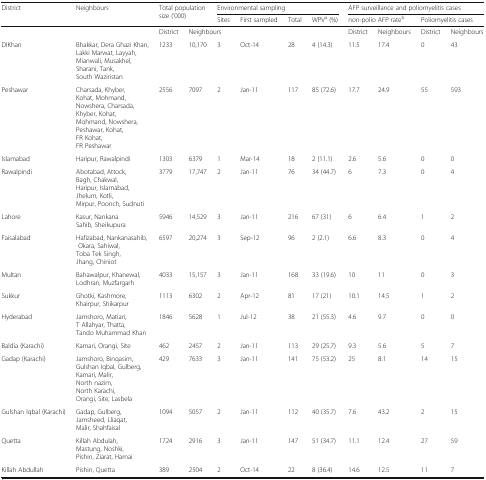
<table><thead><tr><td rowspan="2"><b>District</b></td><td rowspan="2"><b>Neighbours</b></td><td rowspan="2" colspan="2"><b>Total population size (‘000)</b></td><td colspan="4"><b>Environmental sampling</b></td><td colspan="4"><b>AFP surveillance and poliomyelitis cases</b></td></tr><tr><td><b>Sites</b></td><td><b>First sampled</b></td><td><b>Total</b></td><td><b>WPV<sup>a</sup> (%)</b></td><td colspan="2"><b>non-polio AFP rate<sup>b</sup></b></td><td colspan="2"><b>Poliomyelitis cases</b></td></tr></thead><tbody><tr><td colspan="2"></td><td>District</td><td colspan="5">Neighbours</td><td>District</td><td>Neighbours</td><td>District</td><td>Neighbours</td></tr><tr><td>DIKhan</td><td>Bhakkar, Dera Ghazi Khan, Lakki Marwat, Layyah, Mianwali, Musakhel, Sharani, Tank, South Waziristan</td><td>1233</td><td>10,170</td><td>3</td><td>Oct-14</td><td>28</td><td>4 (14.3)</td><td>11.5</td><td>17.4</td><td>0</td><td>43</td></tr><tr><td>Peshawar</td><td>Charsada, Khyber, Kohat, Mohmand, Nowshera, Charsada, Khyber, Kohat, Mohmand, Nowshera, Peshawar, Kohat, FR Kohat, FR Peshawar</td><td>2556</td><td>7097</td><td>2</td><td>Jan-11</td><td>117</td><td>85 (72.6)</td><td>17.7</td><td>24.9</td><td>55</td><td>593</td></tr><tr><td>Islamabad</td><td>Haripur, Rawalpindi</td><td>1303</td><td>6379</td><td>1</td><td>Mar-14</td><td>18</td><td>2 (11.1)</td><td>2.6</td><td>5.6</td><td>0</td><td>0</td></tr><tr><td>Rawalpindi</td><td>Abotabad, Attock, Bagh, Chakwal, Haripur, Islamabad, Jhelum, Kotli, Mirpur, Poonch, Sudnuti</td><td>3779</td><td>17,747</td><td>2</td><td>Jan-11</td><td>76</td><td>34 (44.7)</td><td>6</td><td>7.3</td><td>0</td><td>4</td></tr><tr><td>Lahore</td><td>Kasur, Nankana Sahib, Sheikupura</td><td>5946</td><td>14,529</td><td>3</td><td>Jan-11</td><td>216</td><td>67 (31)</td><td>6</td><td>6.4</td><td>1</td><td>2</td></tr><tr><td>Faisalabad</td><td>Hafizabad, Nankanasahib, Okara, Sahiwal, Toba Tek Singh, Jhang, Chiniot</td><td>6597</td><td>20,274</td><td>3</td><td>Sep-12</td><td>96</td><td>2 (2.1)</td><td>6.6</td><td>8.3</td><td>0</td><td>4</td></tr><tr><td>Multan</td><td>Bahawalpur, Khanewal, Lodhran, Muzfargarh</td><td>4033</td><td>15,157</td><td>3</td><td>Jan-11</td><td>168</td><td>33 (19.6)</td><td>10</td><td>11</td><td>0</td><td>3</td></tr><tr><td>Sukkur</td><td>Ghotki, Kashmore, Khairpur, Shikarpur</td><td>1113</td><td>6302</td><td>2</td><td>Apr-12</td><td>81</td><td>17 (21)</td><td>10.1</td><td>14.5</td><td>1</td><td>2</td></tr><tr><td>Hyderabad</td><td>Jamshoro, Matiari, T Allahyar, Thatta, Tando Muhammad Khan</td><td>1846</td><td>5628</td><td>1</td><td>Jul-12</td><td>38</td><td>21 (55.3)</td><td>4.6</td><td>9.7</td><td>0</td><td>0</td></tr><tr><td>Baldia (Karachi)</td><td>Kamari, Orangi, Site</td><td>462</td><td>2457</td><td>2</td><td>Jan-11</td><td>113</td><td>29 (25.7)</td><td>9.3</td><td>5.6</td><td>5</td><td>7</td></tr><tr><td>Gadap (Karachi)</td><td>Jamshoro, Binqasim, Gulshan Iqbal, Gulberg, Kamari, Malir, North nazim, North Karachi, Orangi, Site, Lasbela</td><td>429</td><td>7633</td><td>3</td><td>Jan-11</td><td>141</td><td>75 (53.2)</td><td>25</td><td>8.1</td><td>14</td><td>15</td></tr><tr><td>Gulshan Iqbal (Karachi)</td><td>Gadap, Gulberg, Jamsheed, Lliaqat, Malir, Shahfaisal</td><td>1094</td><td>5057</td><td>2</td><td>Jan-11</td><td>112</td><td>40 (35.7)</td><td>7.6</td><td>43.2</td><td>2</td><td>15</td></tr><tr><td>Quetta</td><td>Killah Abdulah, Mastung, Noshki, Pishin, Ziarat, Harnai</td><td>1724</td><td>2916</td><td>3</td><td>Jan-11</td><td>147</td><td>51 (34.7)</td><td>11.1</td><td>12.4</td><td>27</td><td>59</td></tr><tr><td>Killah Abdullah</td><td>Pishin, Quetta</td><td>389</td><td>2504</td><td>2</td><td>Oct-14</td><td>22</td><td>8 (36.4)</td><td>14.6</td><td>12.5</td><td>11</td><td>7</td></tr></tbody></table>